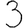
Digit: 3